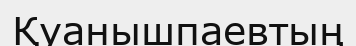
Қуанышпаевтың